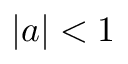
| a | < 1